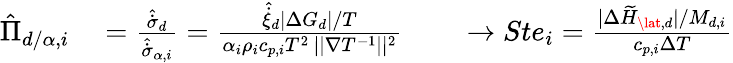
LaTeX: \begin{array}{r}{\begin{array}{rlrl}{\hat{\Pi}_{d/\alpha,i}}&{{}=\frac{\hat{\dot{\sigma}}_{d}}{\hat{\dot{\sigma}}_{\alpha,i}}=\frac{{\hat{\dot{\xi}}_{d}}{|\Delta G_{d}|}/{T}}{{\alpha_{i}\rho_{i}c_{p,i}T^{2}}\, ||\nabla{T}^{-1}||^{2}}}&{}&{{}\to{Ste}_{i}=\frac{|\Delta\widetilde{H}_{\lat,d}|/M_{d,i}}{c_{p,i}\Delta T}}\end{array}}\end{array}